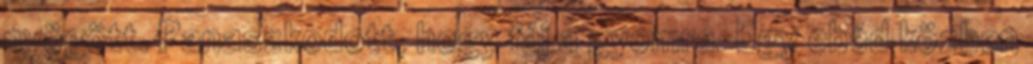
nyögött. Panaszkodott, hogy fáj a gyomra. Egy ebéd közben